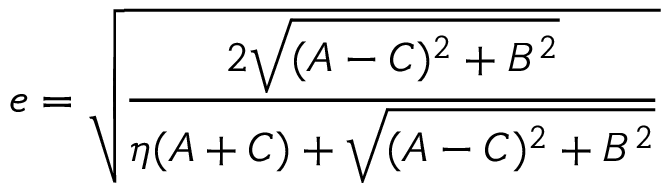
e = { \sqrt { \frac { 2 { \sqrt { ( A - C ) ^ { 2 } + B ^ { 2 } } } } { \eta ( A + C ) + { \sqrt { ( A - C ) ^ { 2 } + B ^ { 2 } } } } } }